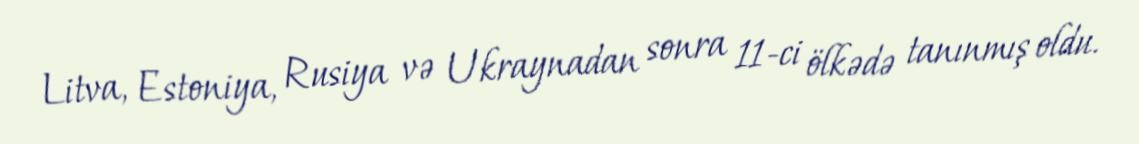
Litva, Estoniya, Rusiya və Ukraynadan sonra 11-ci ölkədə tanınmış oldu.